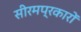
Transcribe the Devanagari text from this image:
सीरमप्रकारों